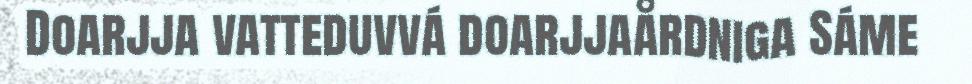
Doarjja vatteduvvá doarjjaårdniga Sáme